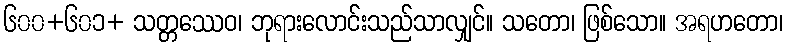
၆၀၀+၆၀၁+ သတ္တဿေဝ၊ ဘုရားလောင်းသည်သာလျှင်။ သတော၊ ဖြစ်သော။ အရဟတော၊